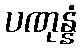
ပဏုန္နံ